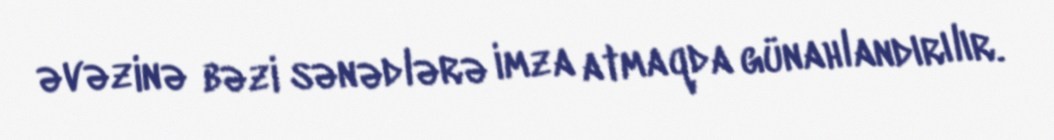
əvəzinə bəzi sənədlərə imza atmaqda günahlandırılır.